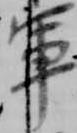
軍